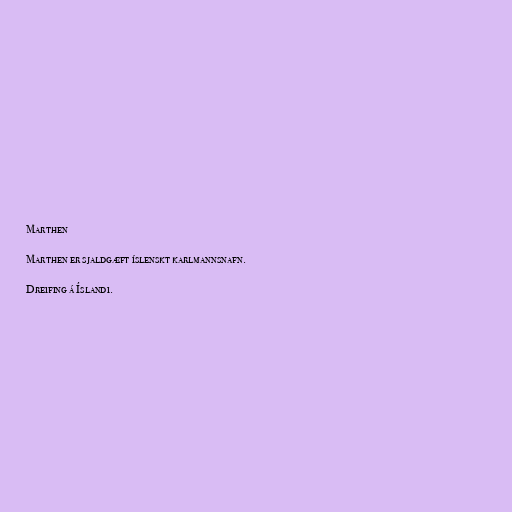
Marthen

Marthen er sjaldgæft íslenskt karlmannsnafn.

Dreifing á Íslandi.